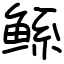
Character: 鲧